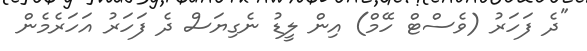
"ދެ ފަހަރު (ވެސްޓް ހޭމް) އިން ލީޑު ނެގިޔަސް ދެ ފަހަރު އަހަރެމެން